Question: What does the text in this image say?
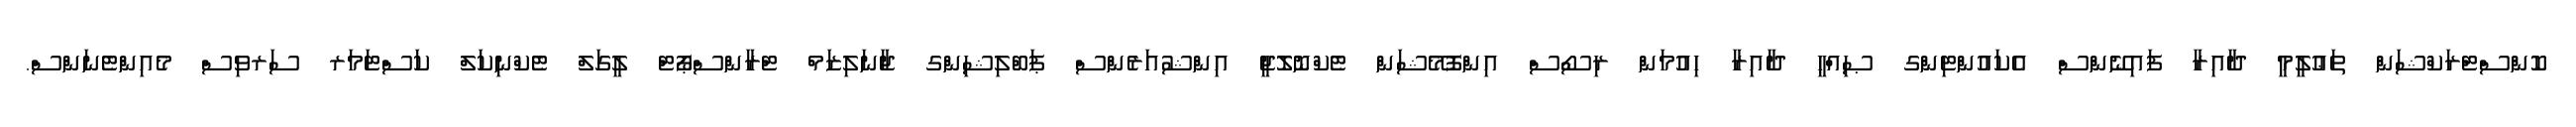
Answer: ކޮންސްޓްރަކްޝަން ތަޢުލީމީ ދާއިރާ ފައިނޭންސް އެކައުންޓިންގ ޞިއްޙީ ދާއިރާ ހިއުމަން ރިސޯސް އިންފޮމޭޝަން ޓެކްނޮލޮޖީ އިންޝުއަރެންސް ޕަބްލިޝިންގ ޖާނަލިޒަމް ޓްރާންސްޕޯޓް ލީގަލް ޓެކްނިކަލް ކަސްޓަމަރ ސަރވިސް މެއިންޓެނަންސް.